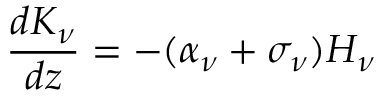
{ \frac { d K _ { \nu } } { d z } } = - ( \alpha _ { \nu } + \sigma _ { \nu } ) H _ { \nu }